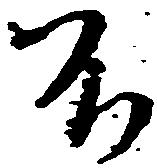
不